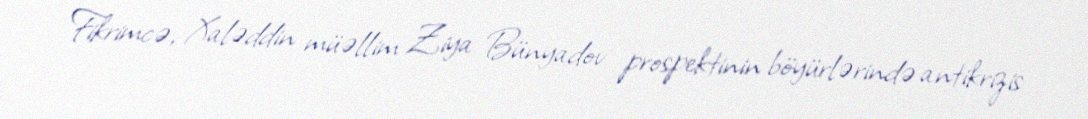
Fikrimcə, Xaləddin müəllim Ziya Bünyadov prospektinin böyürlərində antikrizis